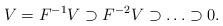
LaTeX: \begin{align*}V=F^{-1} V \supset F^{-2}V \supset \ldots \supset 0.\end{align*}